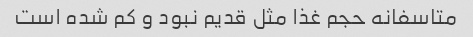
متاسفانه حجم غذا مثل قدیم نبود و کم شده است